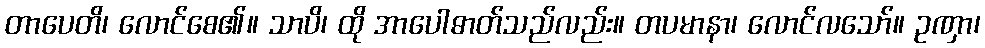
တာပေတိ၊ လောင်စေ၏။ သာပိ၊ ထို အာပေါဓာတ်သည်လည်း။ တပမာနာ၊ လောင်လသော်။ ဥဏှာ၊